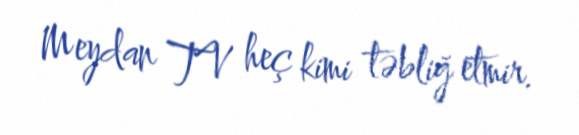
Meydan TV heç kimi təbliğ etmir.